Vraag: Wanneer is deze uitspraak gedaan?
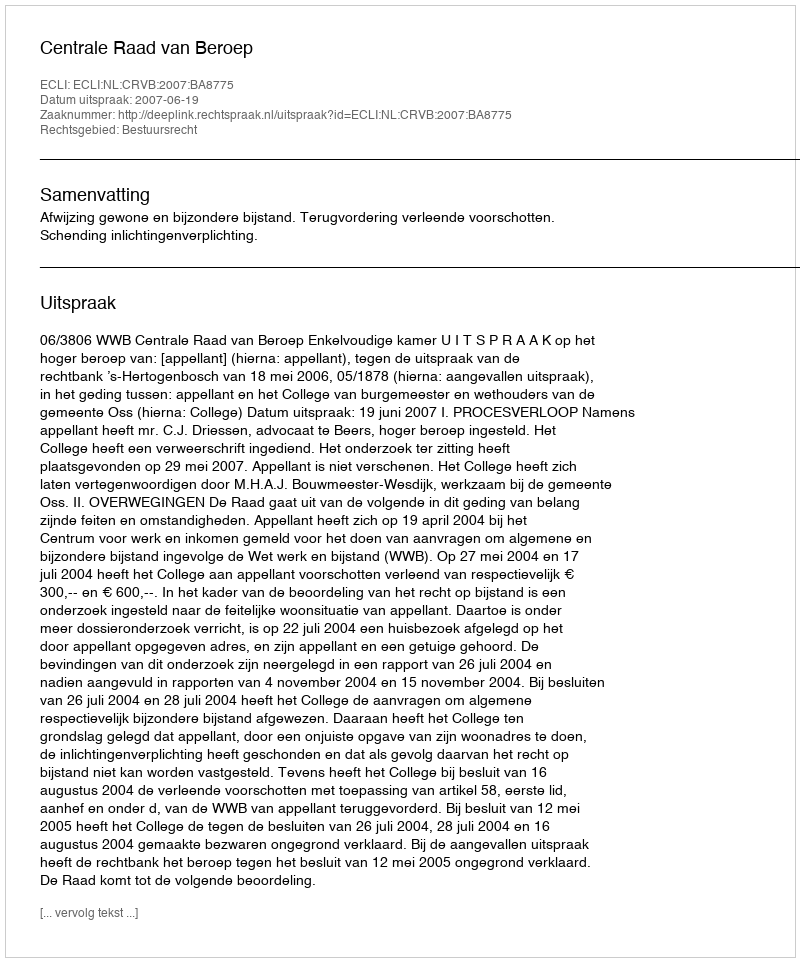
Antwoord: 2007-06-19